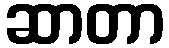
ဆာတာ